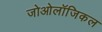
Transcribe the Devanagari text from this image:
जोओलॉजिकल